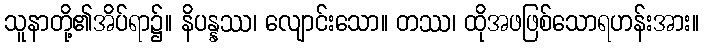
သူနာတို့၏အိပ်ရာ၌။ နိပန္နဿ၊ လျောင်းသော။ တဿ၊ ထိုအဖဖြစ်သောရဟန်းအား။